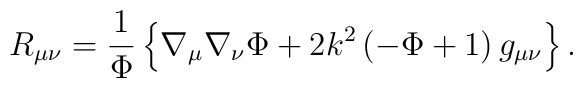
R_{\mu\nu} = {1 \over \Phi} \left \{ \nabla_\mu\nabla_\nu \Phi  +  2 k^2 \left ( -\Phi + 1  \right ) g_{\mu\nu}   \right \}.